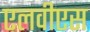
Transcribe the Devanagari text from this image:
एलवीएस